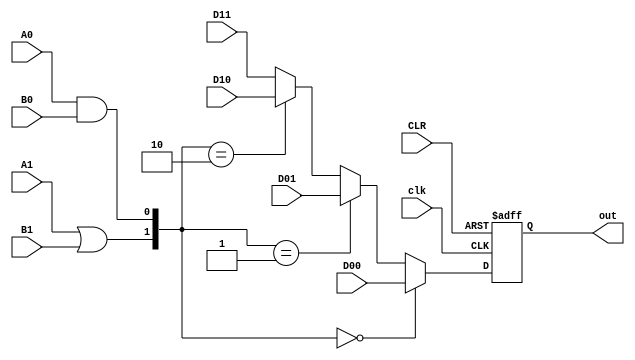

module S2 #(parameter n= 1) (input[n-1:0] D00, D01, D10 , D11 ,input A1,B1 , A0,B0, CLR, clk,  output reg [n-1:0] out);

    wire S0, S1 ;
    wire [n-1:0] mux_out ;

    assign S1 = A1 || B1;
    assign S0 = A0 && B0;


    assign mux_out = ({S1,S0}==2'b00) ? D00 :
                 ({S1,S0}==2'b01) ? D01 :
                 ({S1,S0}==2'b10) ? D10 : D11;
    
    always @(posedge clk or posedge CLR) 
    begin
        if(CLR==1'b1)
            out <= 1'b0; 
        else 
            out <= mux_out; 
    end 
    

endmodule